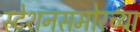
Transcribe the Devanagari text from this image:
स्टेशनसमोरच्या